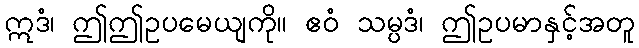
ဣဒံ၊ ဤဤဥပမေယျကို။ ဧဝံ သမ္ပဒံ၊ ဤဥပမာနှင့်အတူ